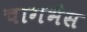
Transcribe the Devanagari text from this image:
चागभैस